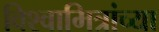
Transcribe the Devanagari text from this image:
विश्वामित्रांच्या